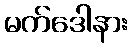
မက်ဒေါနား